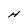
Character: H